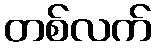
တစ်လက်